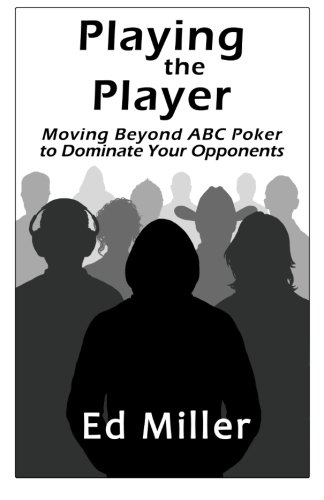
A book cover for Playing The Player: Moving Beyond ABC Poker To Dominate Your Opponents; Ed Miller; Humor & Entertainment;